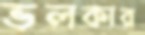
ভলকার